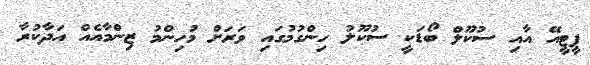
ޕީޓީއޭ އާއި ސުކޫލް ބޯޑަކީ ސުކޫލު ހިންގުމުގައި ވަރަށް މުހިންމު ޒިންމާއެއް އަދާކުރާ